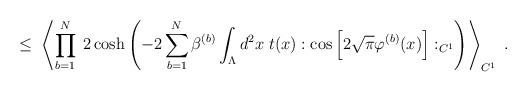
LaTeX: \begin{align*}\leq \;\left\langle \prod_{b=1}^N \; 2 \cosh \left( -2 \sum_{b=1}^N \beta^{(b)}\int_{\Lambda} d^2 x \; t(x): \cos\Big[ 2 \sqrt{\pi} \varphi^{(b)}(x) \Big] :_{C^1} \right)\right\rangle_{C^1}\; .\end{align*}